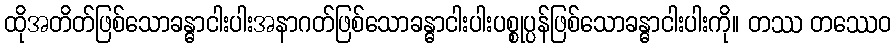
ထိုအတိတ်ဖြစ်သောခန္ဓာငါးပါးအနာဂတ်ဖြစ်သောခန္ဓာငါးပါးပစ္စုပ္ပန်ဖြစ်သောခန္ဓာငါးပါးကို။ တဿ တဿေဝ